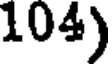
104)